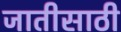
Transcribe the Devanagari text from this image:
जातीसाठी